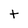
Character: t